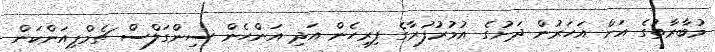
މުބާރާތުގެ އަށް އަހަރުން ދަށުގެ އުމުރުފުރާގެ ފިރިހެން އަދި އަންހެން ސިންގަލްސް ޗެމްޕިއަންކަން